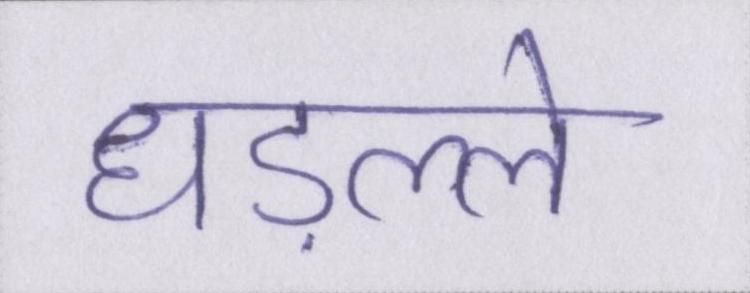
धड़ल्ले